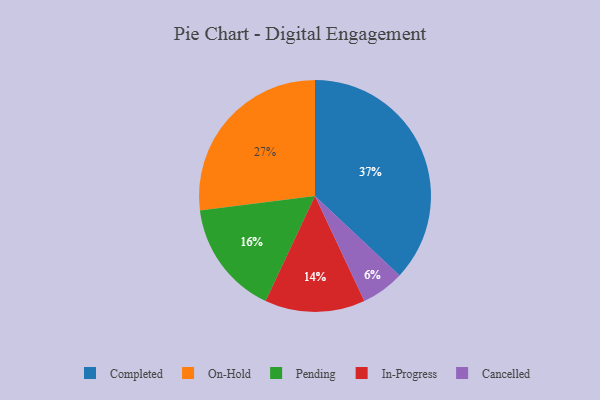
{"axis": {"x": "Category", "y": "Percentage"}, "legend": ["Cancelled", "Completed", "In-Progress", "On-Hold", "Pending"], "data": [{"x": "Completed", "y": 37, "type": "Completed"}, {"x": "On-Hold", "y": 27, "type": "On-Hold"}, {"x": "In-Progress", "y": 14, "type": "In-Progress"}, {"x": "Pending", "y": 16, "type": "Pending"}, {"x": "Cancelled", "y": 6, "type": "Cancelled"}]}